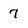
Character: 7